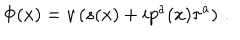
LaTeX: \Phi ( x ) = v \left( s ( x ) + i p ^ { a } ( x ) \tau ^ { a } \right) \, .